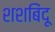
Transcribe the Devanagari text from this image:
शशबिंदू